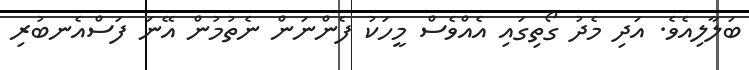
ބަލާލިއެވެ. އަދި މެދު ގޯތިގައި އެއްވެސް މީހަކު ފެންނަން ނެތުމުން އޭނަ ފަސްއެނބުރި